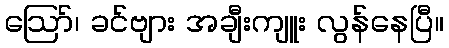
ဪ၊ ခင်ဗျား အချီးကျူး လွန်နေပြီ။